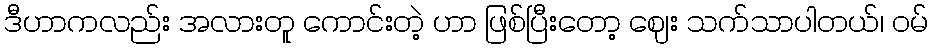
ဒီဟာကလည်း အလားတူ ကောင်းတဲ့ ဟာ ဖြစ်ပြီးတော့ ဈေး သက်သာပါတယ်၊ ဝမ်